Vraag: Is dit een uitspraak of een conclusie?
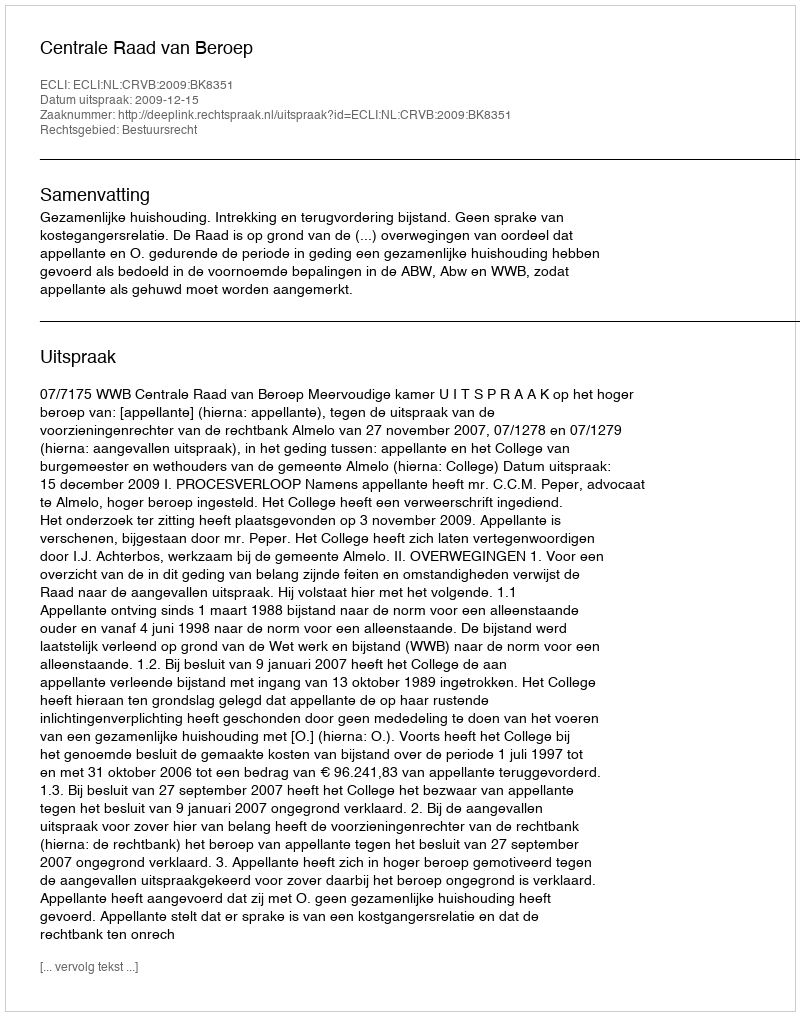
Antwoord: Uitspraak